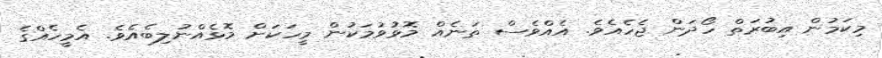
މިކަމުން އިބުރަތް ހޯދަން ޖެހެއެވެ. އެއްވެސް ތަނެއް މޮޅުވުމަކުން މީހަކަށް މޮޅެއްނުލިބެއެވެ. އެމީހެއްގެ